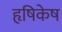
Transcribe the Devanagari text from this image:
हृषिकेष